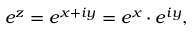
e ^ { z } = e ^ { x + i y } = e ^ { x } \cdot e ^ { i y } ,